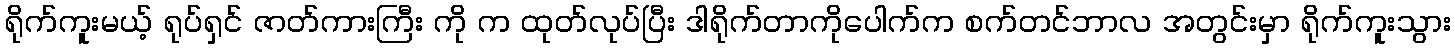
ရိုက်ကူးမယ့် ရုပ်ရှင် ဇာတ်ကားကြီး ကို က ထုတ်လုပ်ပြီး ဒါရိုက်တာကိုပေါက်က စက်တင်ဘာလ အတွင်းမှာ ရိုက်ကူးသွား